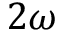
2 \omega